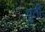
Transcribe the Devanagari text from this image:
पुर्ती